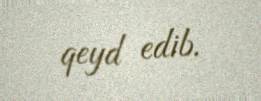
qeyd edib.